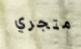
متجري